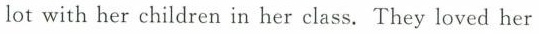
lot with her children in her class. They loved her